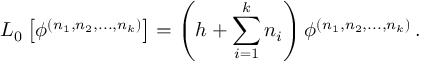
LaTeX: L _ { 0 } \left[ \phi ^ { ( n _ { 1 } , n _ { 2 } , . . . , n _ { k } ) } \right] = \left( h + \sum _ { i = 1 } ^ { k } n _ { i } \right) \phi ^ { ( n _ { 1 } , n _ { 2 } , . . . , n _ { k } ) } \, .